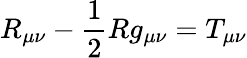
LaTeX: R_{\mu\nu}-{\frac{1}{2}}Rg_{\mu\nu}=T_{\mu\nu}